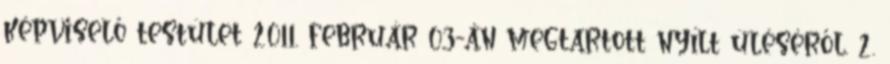
képviselő testület 2011. február 03-án megtartott nyílt üléséről. 2.